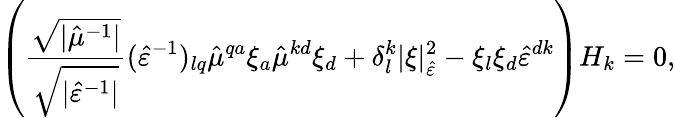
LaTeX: \left(\frac{\sqrt{\lvert\hat{\mu}^{-1}\rvert}}{\sqrt{\lvert\hat{\varepsilon}^{-1}\rvert}}(\hat{\varepsilon}^{-1})_{lq}\hat{\mu}^{qa}\xi_{a}\hat{\mu}^{kd}\xi_{d}+\delta_{l}^{k}\lvert\xi\rvert_{\hat{\varepsilon}}^{2}-\xi_{l}\xi_{d}\hat{\varepsilon}^{dk}\right)H_{k}=0,